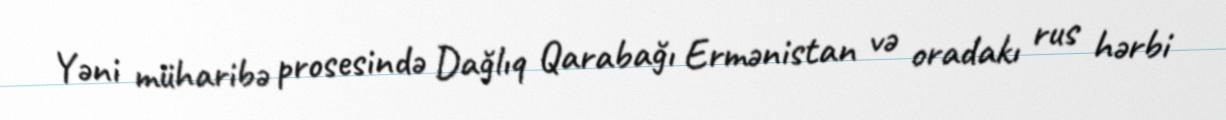
Yəni müharibə prosesində Dağlıq Qarabağı Ermənistan və oradakı rus hərbi